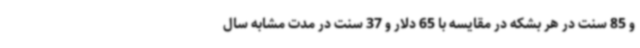
و 85 سنت در هر بشکه در مقایسه با 65 دلار و 37 سنت در مدت مشابه سال